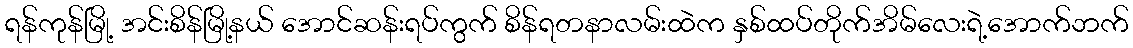
ရန်ကုန်မြို့ အင်းစိန်မြို့နယ် အောင်ဆန်းရပ်ကွက် စိန်ရတနာလမ်းထဲက နှစ်ထပ်တိုက်အိမ်လေးရဲ့အောက်ဘက်